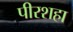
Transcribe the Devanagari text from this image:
पीरशहा